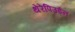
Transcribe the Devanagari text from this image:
थेरेपिउईन